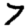
Digit: 7